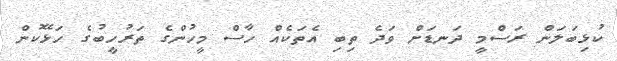
ކުޅިބަލަން ރަސްމީ ދަނޑަށް ވަދެ ތިބި އެތަކެއް ހާސް މީހުންގެ ތަރުހީބުގެ ހަޅޭކުން